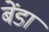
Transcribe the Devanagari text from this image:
बेंडा